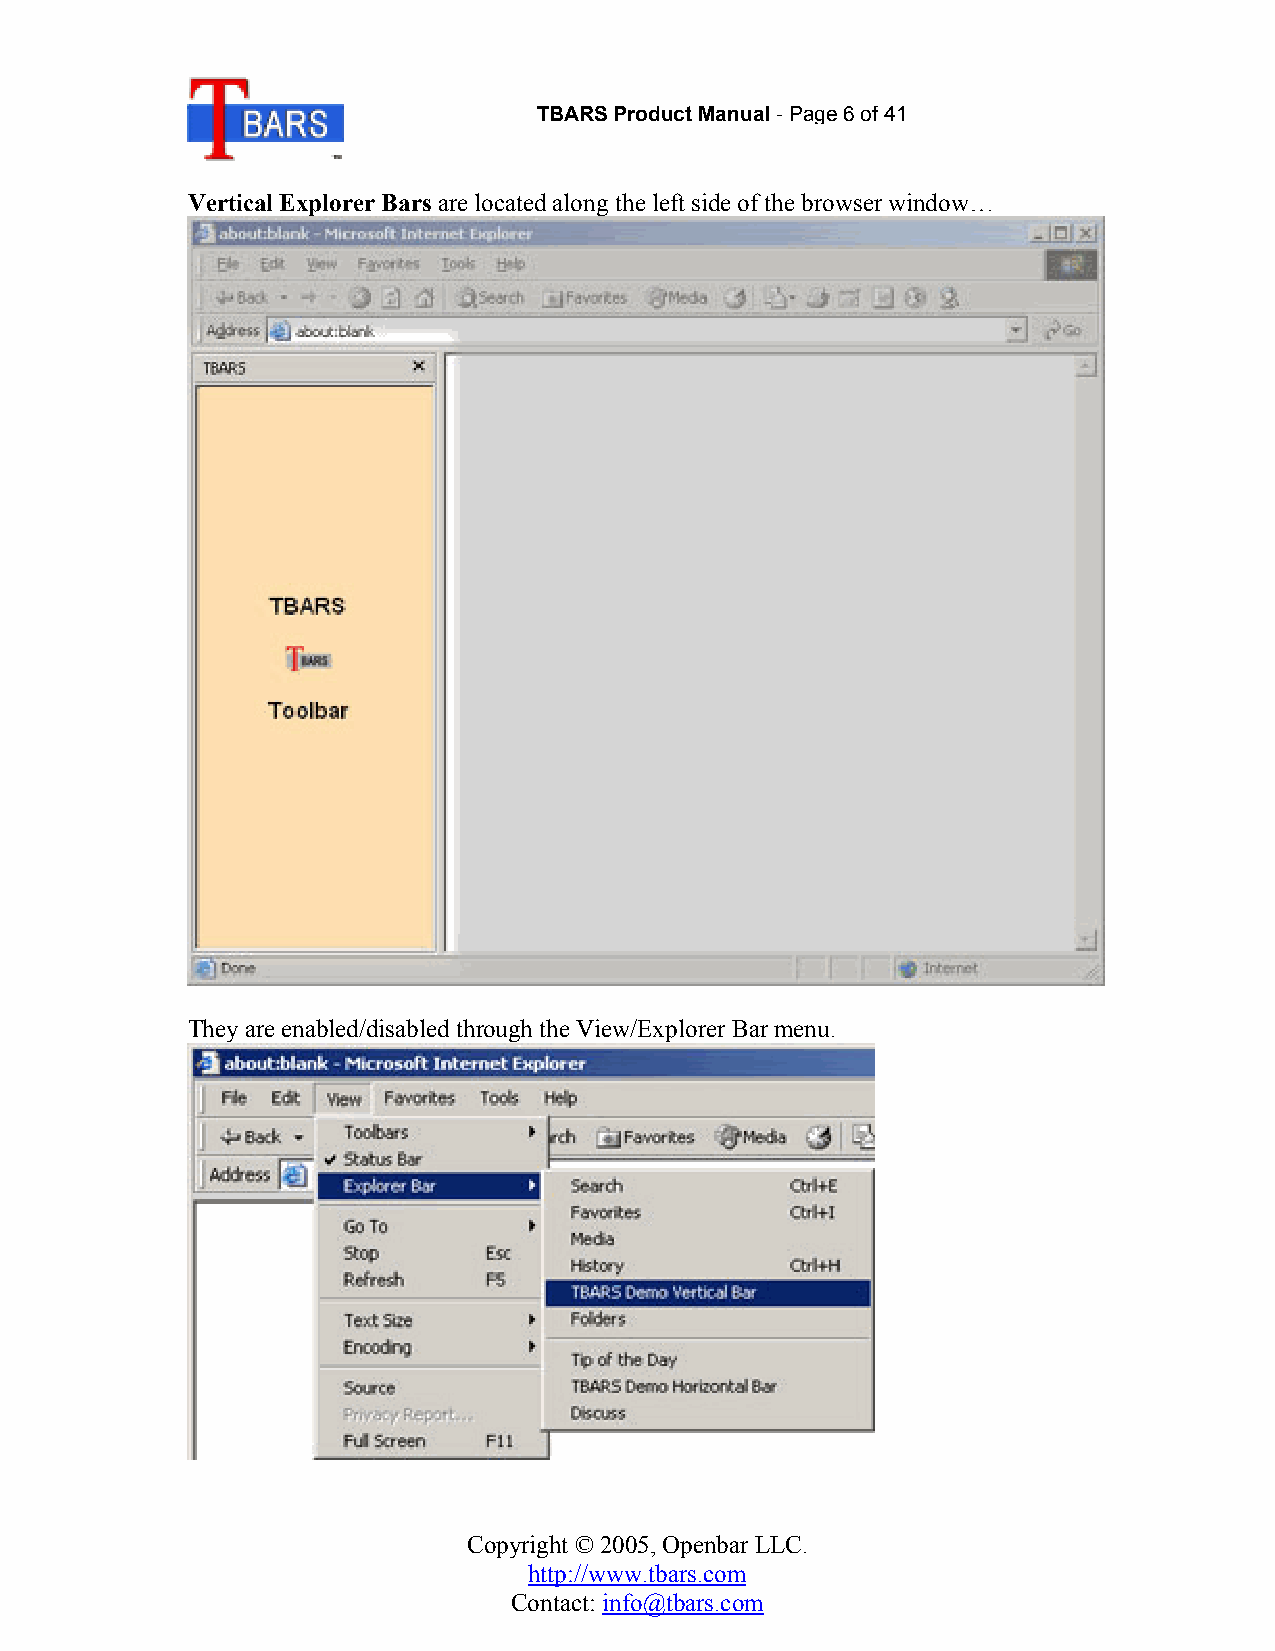
TBARS Product Manual-Page 6of 41
 Vertical Explorer Bars are located along the left side of the browser window…
 They are enabled/disabled through the View/Explorer Bar menu.
 Copyright © 2005, Openbar LLC.
 http://www.tbars.com
 Contact: info@tbars.com